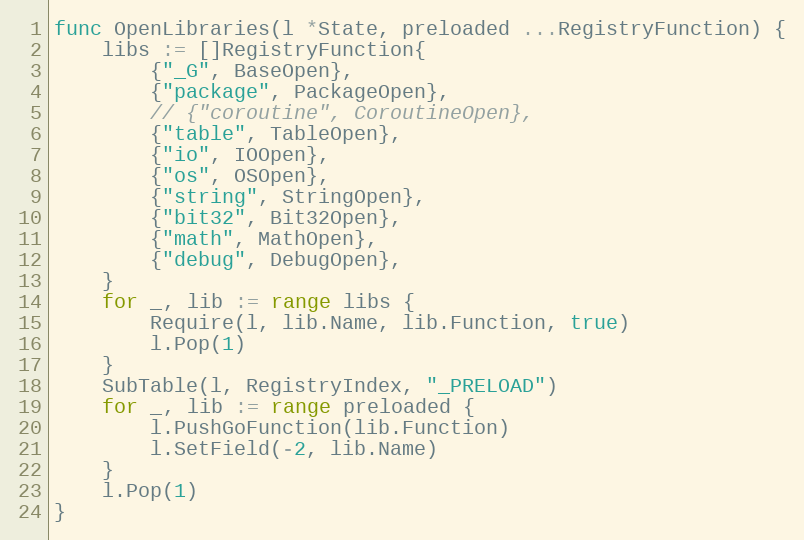
Language: Go
func OpenLibraries(l *State, preloaded ...RegistryFunction) {
	libs := []RegistryFunction{
		{"_G", BaseOpen},
		{"package", PackageOpen},
		// {"coroutine", CoroutineOpen},
		{"table", TableOpen},
		{"io", IOOpen},
		{"os", OSOpen},
		{"string", StringOpen},
		{"bit32", Bit32Open},
		{"math", MathOpen},
		{"debug", DebugOpen},
	}
	for _, lib := range libs {
		Require(l, lib.Name, lib.Function, true)
		l.Pop(1)
	}
	SubTable(l, RegistryIndex, "_PRELOAD")
	for _, lib := range preloaded {
		l.PushGoFunction(lib.Function)
		l.SetField(-2, lib.Name)
	}
	l.Pop(1)
}